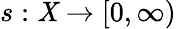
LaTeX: s:\mathit{X}\to[0,\infty)